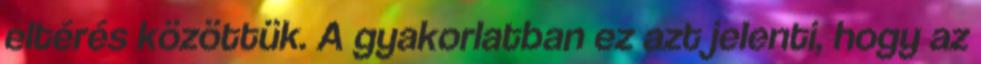
eltérés közöttük. A gyakorlatban ez azt jelenti, hogy az